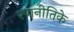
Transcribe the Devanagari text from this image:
रणनीतिके